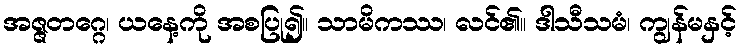
အဇ္ဇတဂ္ဂေ၊ ယနေ့ကို အစပြု၍။ သာမိကဿ၊ လင်၏။ ဒါသီသမံ၊ ကျွန်မနှင့်